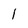
Character: l